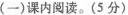
(一)课内阅读。(5分)